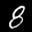
Label: 8